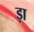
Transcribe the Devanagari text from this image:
ड़ा